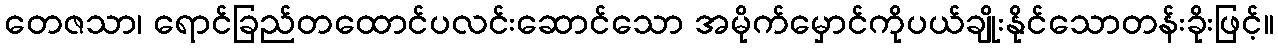
တေဇသာ၊ ရောင်ခြည်တထောင်ပလင်းဆောင်သော အမိုက်မှောင်ကိုပယ်ချိုးနိုင်သောတန်းခိုးဖြင့်။